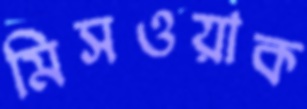
মিসওয়াক